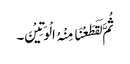
ثُمَّ لَقَطَعْنَا مِنْہُ الْوَتِیْنَ۔